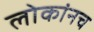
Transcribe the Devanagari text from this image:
लोकांनच